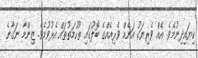
ކިޔައިދިނުމެވެ. އެއް ވެރިޔަކު އަނެއް ވެރިއެއްގެ ބޮލުގައި ތުހުމަތުތައް އެޅުވުމެވެ. ޒިންމާ ނަގާނެ